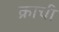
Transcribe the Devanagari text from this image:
क्राची